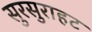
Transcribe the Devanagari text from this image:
सुरसुराहट